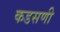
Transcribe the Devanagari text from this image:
कडसणी